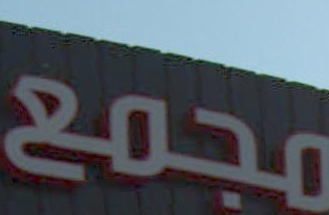
مجمع